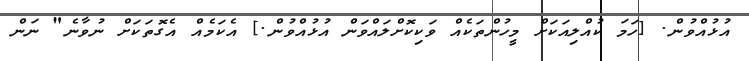
އުޅުއްވުން. [ހަމަ ކުއްލިއަކަށް މީހުންތަކެއް ވަކިކޮށްލައްވަން އުޅުއްވުން.] އެކަމެއް އެގޮތަކަށް ނުވާނެ" ނަން